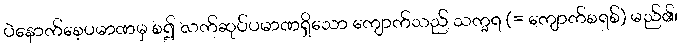
ပဲနောက်စေ့ပမာဏမှ စ၍ လက်ဆုပ်ပမာဏရှိသော ကျောက်သည် သက္ခရ (= ကျောက်စရစ်) မည်၏၊